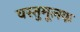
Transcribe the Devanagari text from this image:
वस्तुमूलक